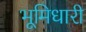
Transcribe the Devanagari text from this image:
भूमिधारी